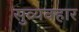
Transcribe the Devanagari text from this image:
सुव्यवहार